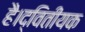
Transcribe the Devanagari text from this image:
है।द्वितीयक